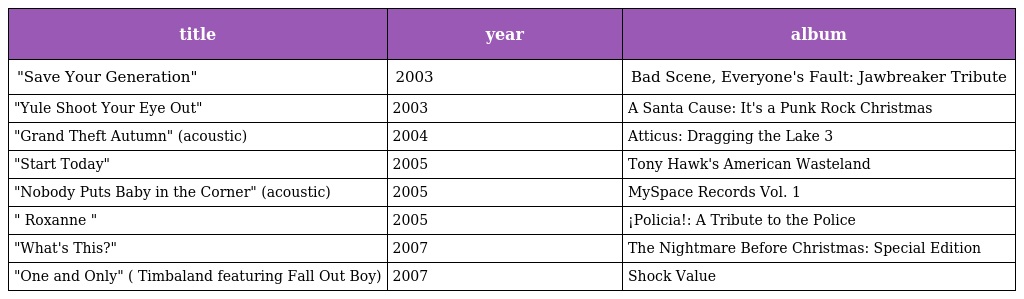
| title | year | album |
 | --- | --- | --- |
 | "Save Your Generation" | 2003 | Bad Scene, Everyone's Fault: Jawbreaker Tribute |
 | "Yule Shoot Your Eye Out" | 2003 | A Santa Cause: It's a Punk Rock Christmas |
 | "Grand Theft Autumn" (acoustic) | 2004 | Atticus: Dragging the Lake 3 |
 | "Start Today" | 2005 | Tony Hawk's American Wasteland |
 | "Nobody Puts Baby in the Corner" (acoustic) | 2005 | MySpace Records Vol. 1 |
 | " Roxanne " | 2005 | ¡Policia!: A Tribute to the Police |
 | "What's This?" | 2007 | The Nightmare Before Christmas: Special Edition |
 | "One and Only" ( Timbaland featuring Fall Out Boy) | 2007 | Shock Value |